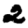
Digit: 2